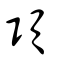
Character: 頣